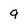
Character: g